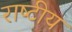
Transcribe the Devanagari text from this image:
राष्‍टीय